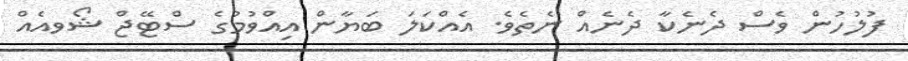
ފުލުހުން ވެސް ދެނެކާ ދެނެއް ނެތެވެ. އެއްކަލަ ބަޔާން އިއްވުމުގެ ސްޓޭޖް ޝޯވއެއް